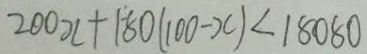
2 0 0 x + 1 8 0 ( 1 0 0 - x ) < 1 8 0 8 0